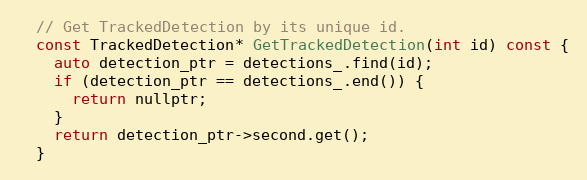
Language: C
  // Get TrackedDetection by its unique id.
  const TrackedDetection* GetTrackedDetection(int id) const {
    auto detection_ptr = detections_.find(id);
    if (detection_ptr == detections_.end()) {
      return nullptr;
    }
    return detection_ptr->second.get();
  }